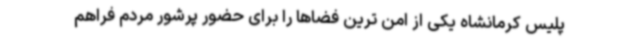
پلیس کرمانشاه یکی از امن ترین فضاها را برای حضور پرشور مردم فراهم